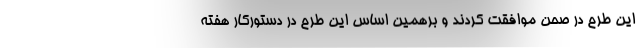
این طرح در صحن موافقت کردند و برهمین اساس این طرح در دستورکار هفته